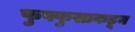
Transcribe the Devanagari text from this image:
फुफ्फुसाकडून